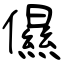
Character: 儑